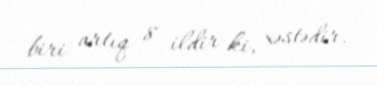
biri artıq 8 ildir ki, xəstədir.